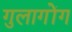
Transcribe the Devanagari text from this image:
गुलागोंग